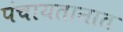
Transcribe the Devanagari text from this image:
पंचायतानात